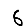
Digit: 6